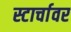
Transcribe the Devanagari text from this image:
स्टार्चावर